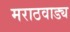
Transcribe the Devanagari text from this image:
मराठवाड्य